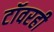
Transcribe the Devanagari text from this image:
टॉवरही